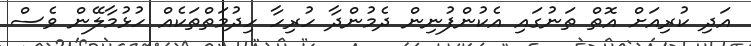
އަދި ކުރިއަށް އޮތް ތަނުގައި އެކުންފުނިން ދެމުންދާ ހުރިހާ ހިދުމަތްތަކެއް ހުޅުމާލޭން ވެސް